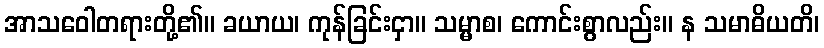
အာသဝေါတရားတို့၏။ ခယာယ၊ ကုန်ခြင်းငှာ။ သမ္မာစ၊ ကောင်းစွာလည်း။ န သမာဓိယတိ၊